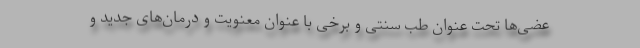
عضی‌ها تحت عنوان طب سنتی و برخی با عنوان معنویت و درمان‌های جدید و